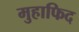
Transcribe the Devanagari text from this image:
मुहाफिद